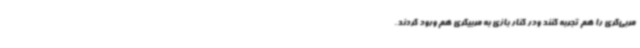
مربی‌گری را هم تجربه کنند ودر کنار بازی به مربیگری هم ورود کردند.